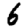
Digit: 6